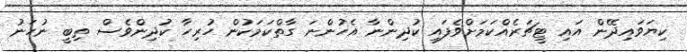
ކިޔަވައިދޭން އައި ޓީޗަރެއްކަމަށްވެފައި ކުދިންނާ އެހުންނަ ގާތްކަމަކުން ހުރިހާ ކުދިންވެސް ތިބީ ނުހަނު